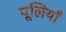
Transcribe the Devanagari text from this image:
पूलियाँ